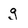
Character: g